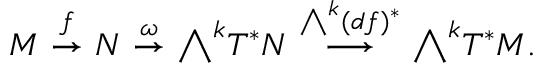
M \ { \stackrel { f } { \to } } \ N \ { \stackrel { \omega } { \to } } \ { \textstyle \bigwedge } ^ { k } T ^ { * } N \ { \stackrel { { \bigwedge } ^ { k } ( d f ) ^ { * } } { \longrightarrow } } \ { \textstyle \bigwedge } ^ { k } T ^ { * } M .